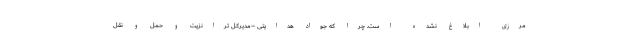
مرزی ابلاغ نشده است. چرا که جواد هدایتی –مدیرکل ترانزیت و حمل و نقل